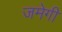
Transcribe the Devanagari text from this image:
जमेगी